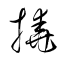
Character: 撓